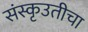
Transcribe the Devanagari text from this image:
संस्कृउतीचा